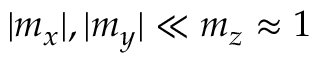
\vert m _ { x } \vert , \vert m _ { y } \vert \ll m _ { z } \approx 1